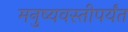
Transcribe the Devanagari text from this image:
मनुष्यवस्तीपर्यंत